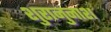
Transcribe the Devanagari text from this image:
शुरानुनाश